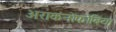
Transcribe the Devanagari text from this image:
अराकनोफोबिया